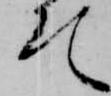
て